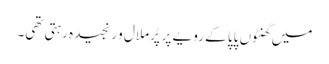
میں گھنٹوں پاپا کے رویے پر پُرملال و رنجیدہ رہتی تھی۔